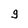
Character: g